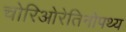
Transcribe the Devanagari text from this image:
चोरिओरेतिनोपथ्य